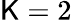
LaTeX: \mathsf{K}=2